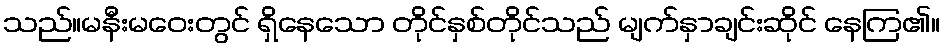
သည်။မနီးမဝေးတွင် ရှိနေသော တိုင်နှစ်တိုင်သည် မျက်နှာချင်းဆိုင် နေကြ၏။